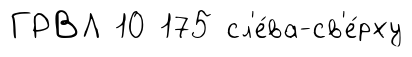
ГРВЛ 10 175 сл'е́ва-св'е́рху